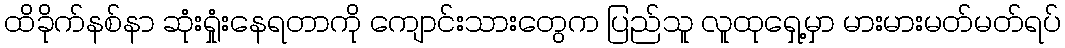
ထိခိုက်နစ်နာ ဆုံးရှုံးနေရတာကို ကျောင်းသားတွေက ပြည်သူ လူထုရှေ့မှာ မားမားမတ်မတ်ရပ်